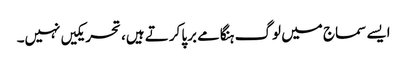
ایسے سماج میں لوگ ہنگامے برپا کرتے ہیں، تحریکیں نہیں۔